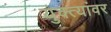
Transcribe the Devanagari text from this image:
युक्त्यांवर